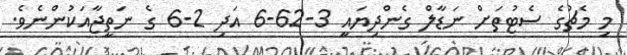
މި މެޗުގެ ސެޓުތަށް ނަޑާލް ގެންދިޔައީ 3-62-6 އަދި 2-6 ގެ ނަތީޖާއަކުންނެވެ.